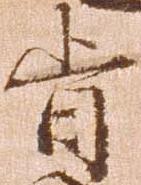
旨